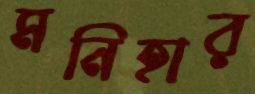
মনিহার